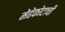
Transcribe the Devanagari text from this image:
मेढेकोटाची